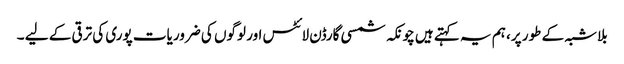
بلاشبہ کے طور پر، ہم یہ کہتے ہیں چونکہ شمسی گارڈن لائٹس اور لوگوں کی ضروریات پوری کی ترقی کے لیے ۔